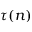
\tau ( n )